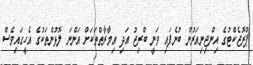
ޕްރޮޖެކްޓުގެ އިންޖިނިއަރުން ބުނެފައި ވަނީ ބްރިޖު އަދި އިމާރާތްތަކަށް އަންނަ ލޮޅުންތަކުގެ އެހީގައިވެސް